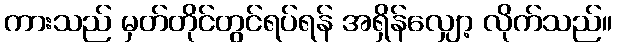
ကားသည် မှတ်တိုင်တွင်ရပ်ရန် အရှိန်လျှော့ လိုက်သည်။